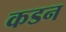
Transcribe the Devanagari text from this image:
कडन